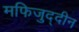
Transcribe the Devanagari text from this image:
मफिजुद्दीन